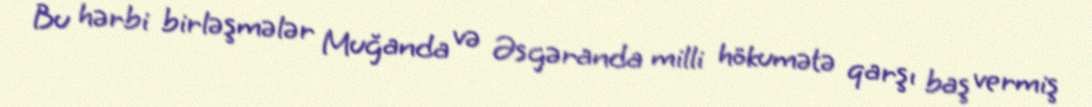
Bu hərbi birləşmələr Muğanda və Əsgəranda milli hökumətə qarşı baş vermiş